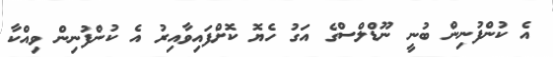
އެ ކުންފުނިން ބުނީ ނޫޑްލްސްގެ އަގު ހެޔޮ ކޮށްފައިވާއިރު އެ ކުންފުނިން ވިއްކާ